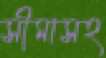
সীমাসহ